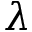
\lambda